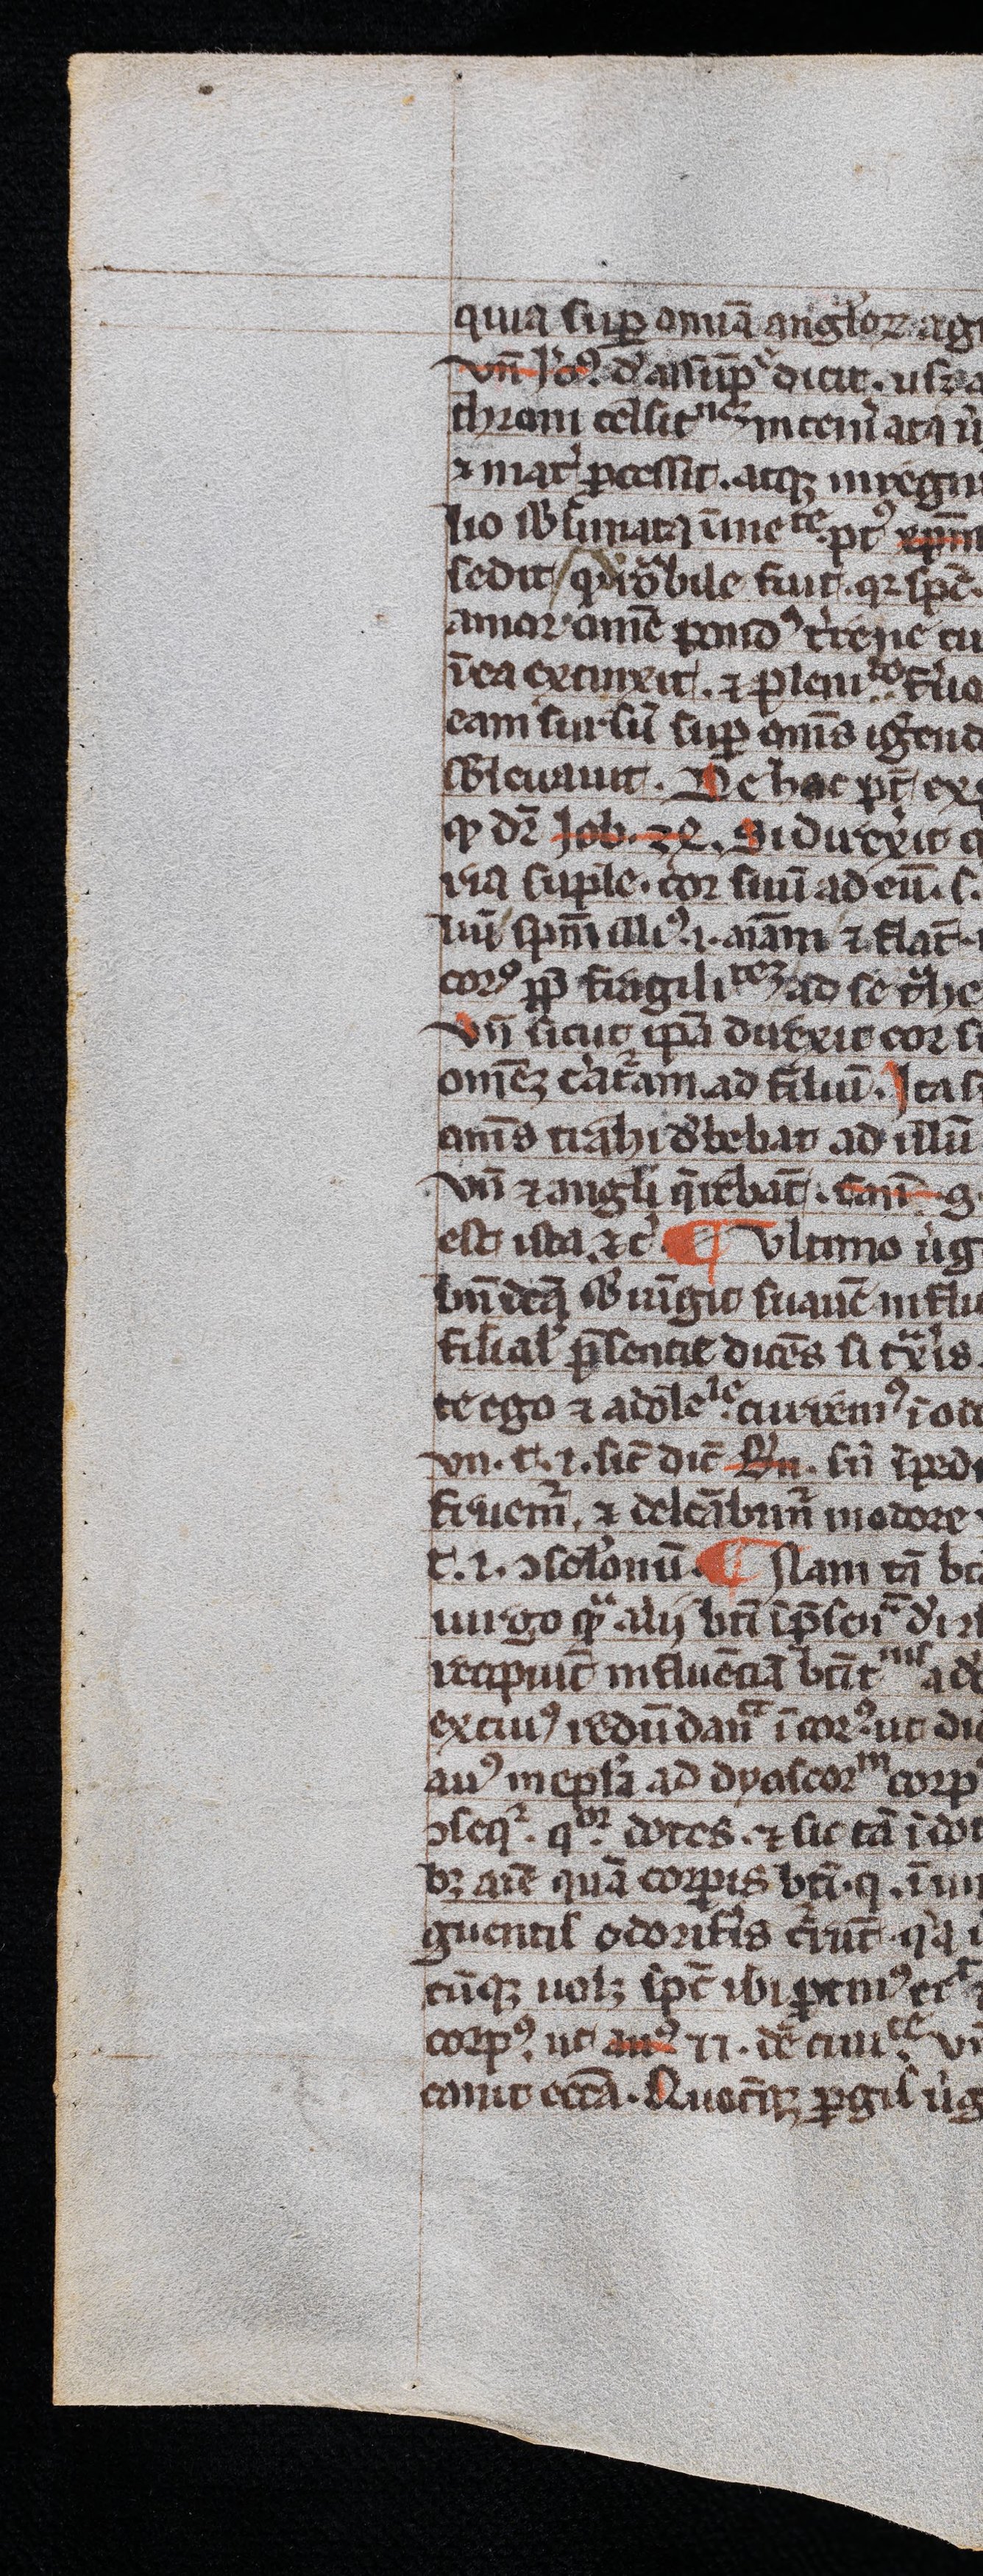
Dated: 1300–1399